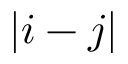
| i - j |